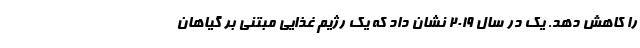
را کاهش دهد. یک در سال 2019 نشان داد که یک رژیم غذایی مبتنی بر گیاهان